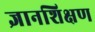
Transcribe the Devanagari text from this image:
ज्ञानशिक्षण